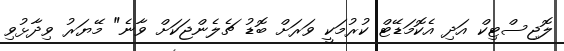
ލޮޖިސްޓިކް އަދި އެކޮމަޑޭޓް ކުރުމަކީ ވަރަށް ބޮޑު ޗެލެންޖަކަށް ވާނެ" މޭޔަރު ވިދާޅުވި